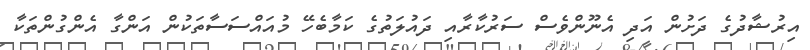
އިރުޝާދުގެ ދަށުން އަދި އެނޫންވެސް ސަރުކާރާއި ދައުލަތުގެ ކަމާބެހޭ މުއައްސަސާތަކުން އަންގާ އެންގުންތަކާ